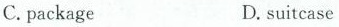
C.package D.suitcase